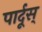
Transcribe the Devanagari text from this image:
पार्दूस्